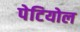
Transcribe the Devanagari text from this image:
पेटियोल